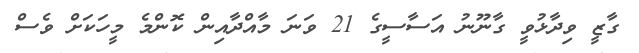
ގާޒީ ވިދާޅުވީ ގާނޫނު އަސާސީގެ 21 ވަނަ މާއްދާއިން ކޮންމެ މީހަކަށް ވެސް